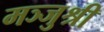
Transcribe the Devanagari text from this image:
मञ्जुश्री